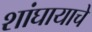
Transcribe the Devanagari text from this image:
शांघायाचे